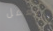
بالعمل